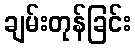
ချမ်းတုန်ခြင်း